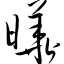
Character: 晔